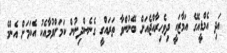
އަދި އެމްޑީއޭގެ އަމާޒަކީ ދިވެހިރާއްޖެއަށް ބޭނުންވާ ތަރައްގީ ގެނެސްދިނުން ކަމަށްވުމާއެކު އެކަމަށް އެންމެ